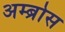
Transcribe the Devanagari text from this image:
अम्ब्रोस